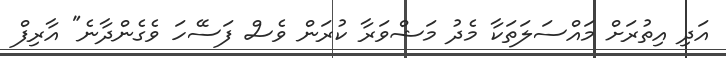
އަދި އިތުރަށް މައްސަލަތަކާ މެދު މަޝްވަރާ ކުރަން ވެސް ފަސޭހަ ވެގެންދާނެ" އާރިފް